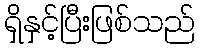
ရှိနှင့်ပြီးဖြစ်သည်